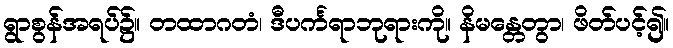
ရွာစွန်အရပ်၌။ တထာဂတံ၊ ဒီပင်္ကရာဘုရားကို။ နိမန္တေတွာ၊ ဖိတ်ပင့်၍။